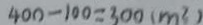
4 0 0 - 1 0 0 = 3 0 0 ( m ^ { 2 } )